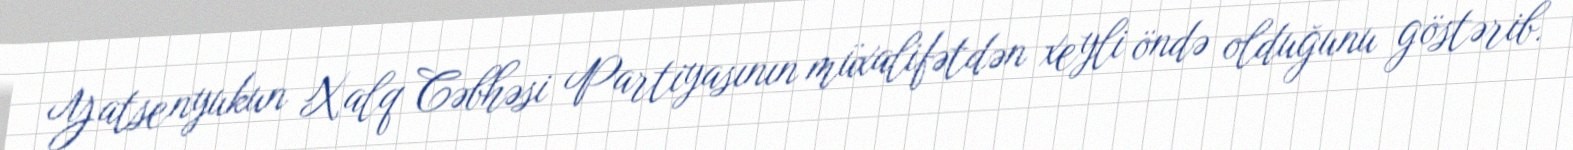
Yatsenyukun Xalq Cəbhəsi Partiyasının müxalifətdən xeyli öndə olduğunu göstərib.